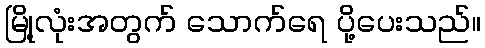
မြို့လုံးအတွက် သောက်ရေ ပို့ပေးသည်။